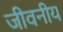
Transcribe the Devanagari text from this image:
जीवनीय